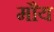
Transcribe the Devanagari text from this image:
मौय